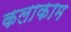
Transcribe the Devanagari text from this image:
कलाकाम